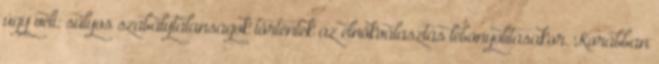
úgy véli: súlyos szabálytalanságok történtek az elnökválasztás lebonyolításakor. Korábban